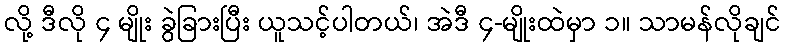
လို့ ဒီလို ၄ မျိုး ခွဲခြားပြီး ယူသင့်ပါတယ်၊ အဲဒီ ၄-မျိုးထဲမှာ ၁။ သာမန်လိုချင်